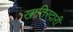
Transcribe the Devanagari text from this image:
खातिरदारी